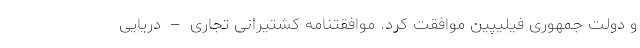
و دولت جمهوری فیلیپین موافقت کرد. موافقتنامه کشتیرانی تجاری – دریایی